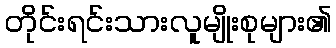
တိုင်းရင်းသားလူမျိုးစုများ၏